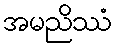
အမညိဿံ